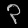
Digit: ၃